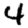
Digit: 4